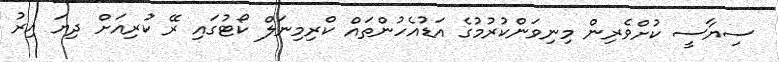
ސިޔާސީ ކުށްވެރިން މިނިވަންކުރުމުގެ އަޑުއެހުންތައް ކްރިމިނަލް ކޯޓުގައި ރޭ ކުރިއަށް ދިޔަ އިރު